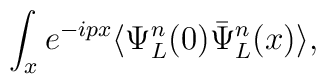
\int_x e^{-ipx}\langle\Psi^n_L(0)\bar\Psi^n_L(x)\rangle,